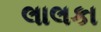
લાલકા